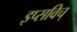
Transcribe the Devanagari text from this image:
इप्सविच्‌